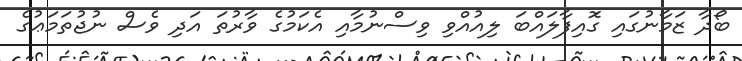
ބޯދާ ޒަމާނުގައި ގޮައިފާލައްބަ ލިއުއްވި ވިސްނުމާއި އެކަމުގެ ވާރުތަ އަދި ވެސް ނުޖުތަމަޢުގެ